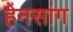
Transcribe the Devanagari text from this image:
हेनसांग